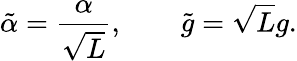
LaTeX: \tilde{\alpha}=\frac{\alpha}{\sqrt{L}},\qquad\tilde{g}=\sqrt{L}g.